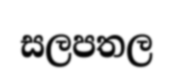
සලපතල